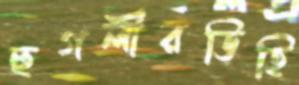
হুগলীরডিহি